Trukikaitis_Postimees, lk 3
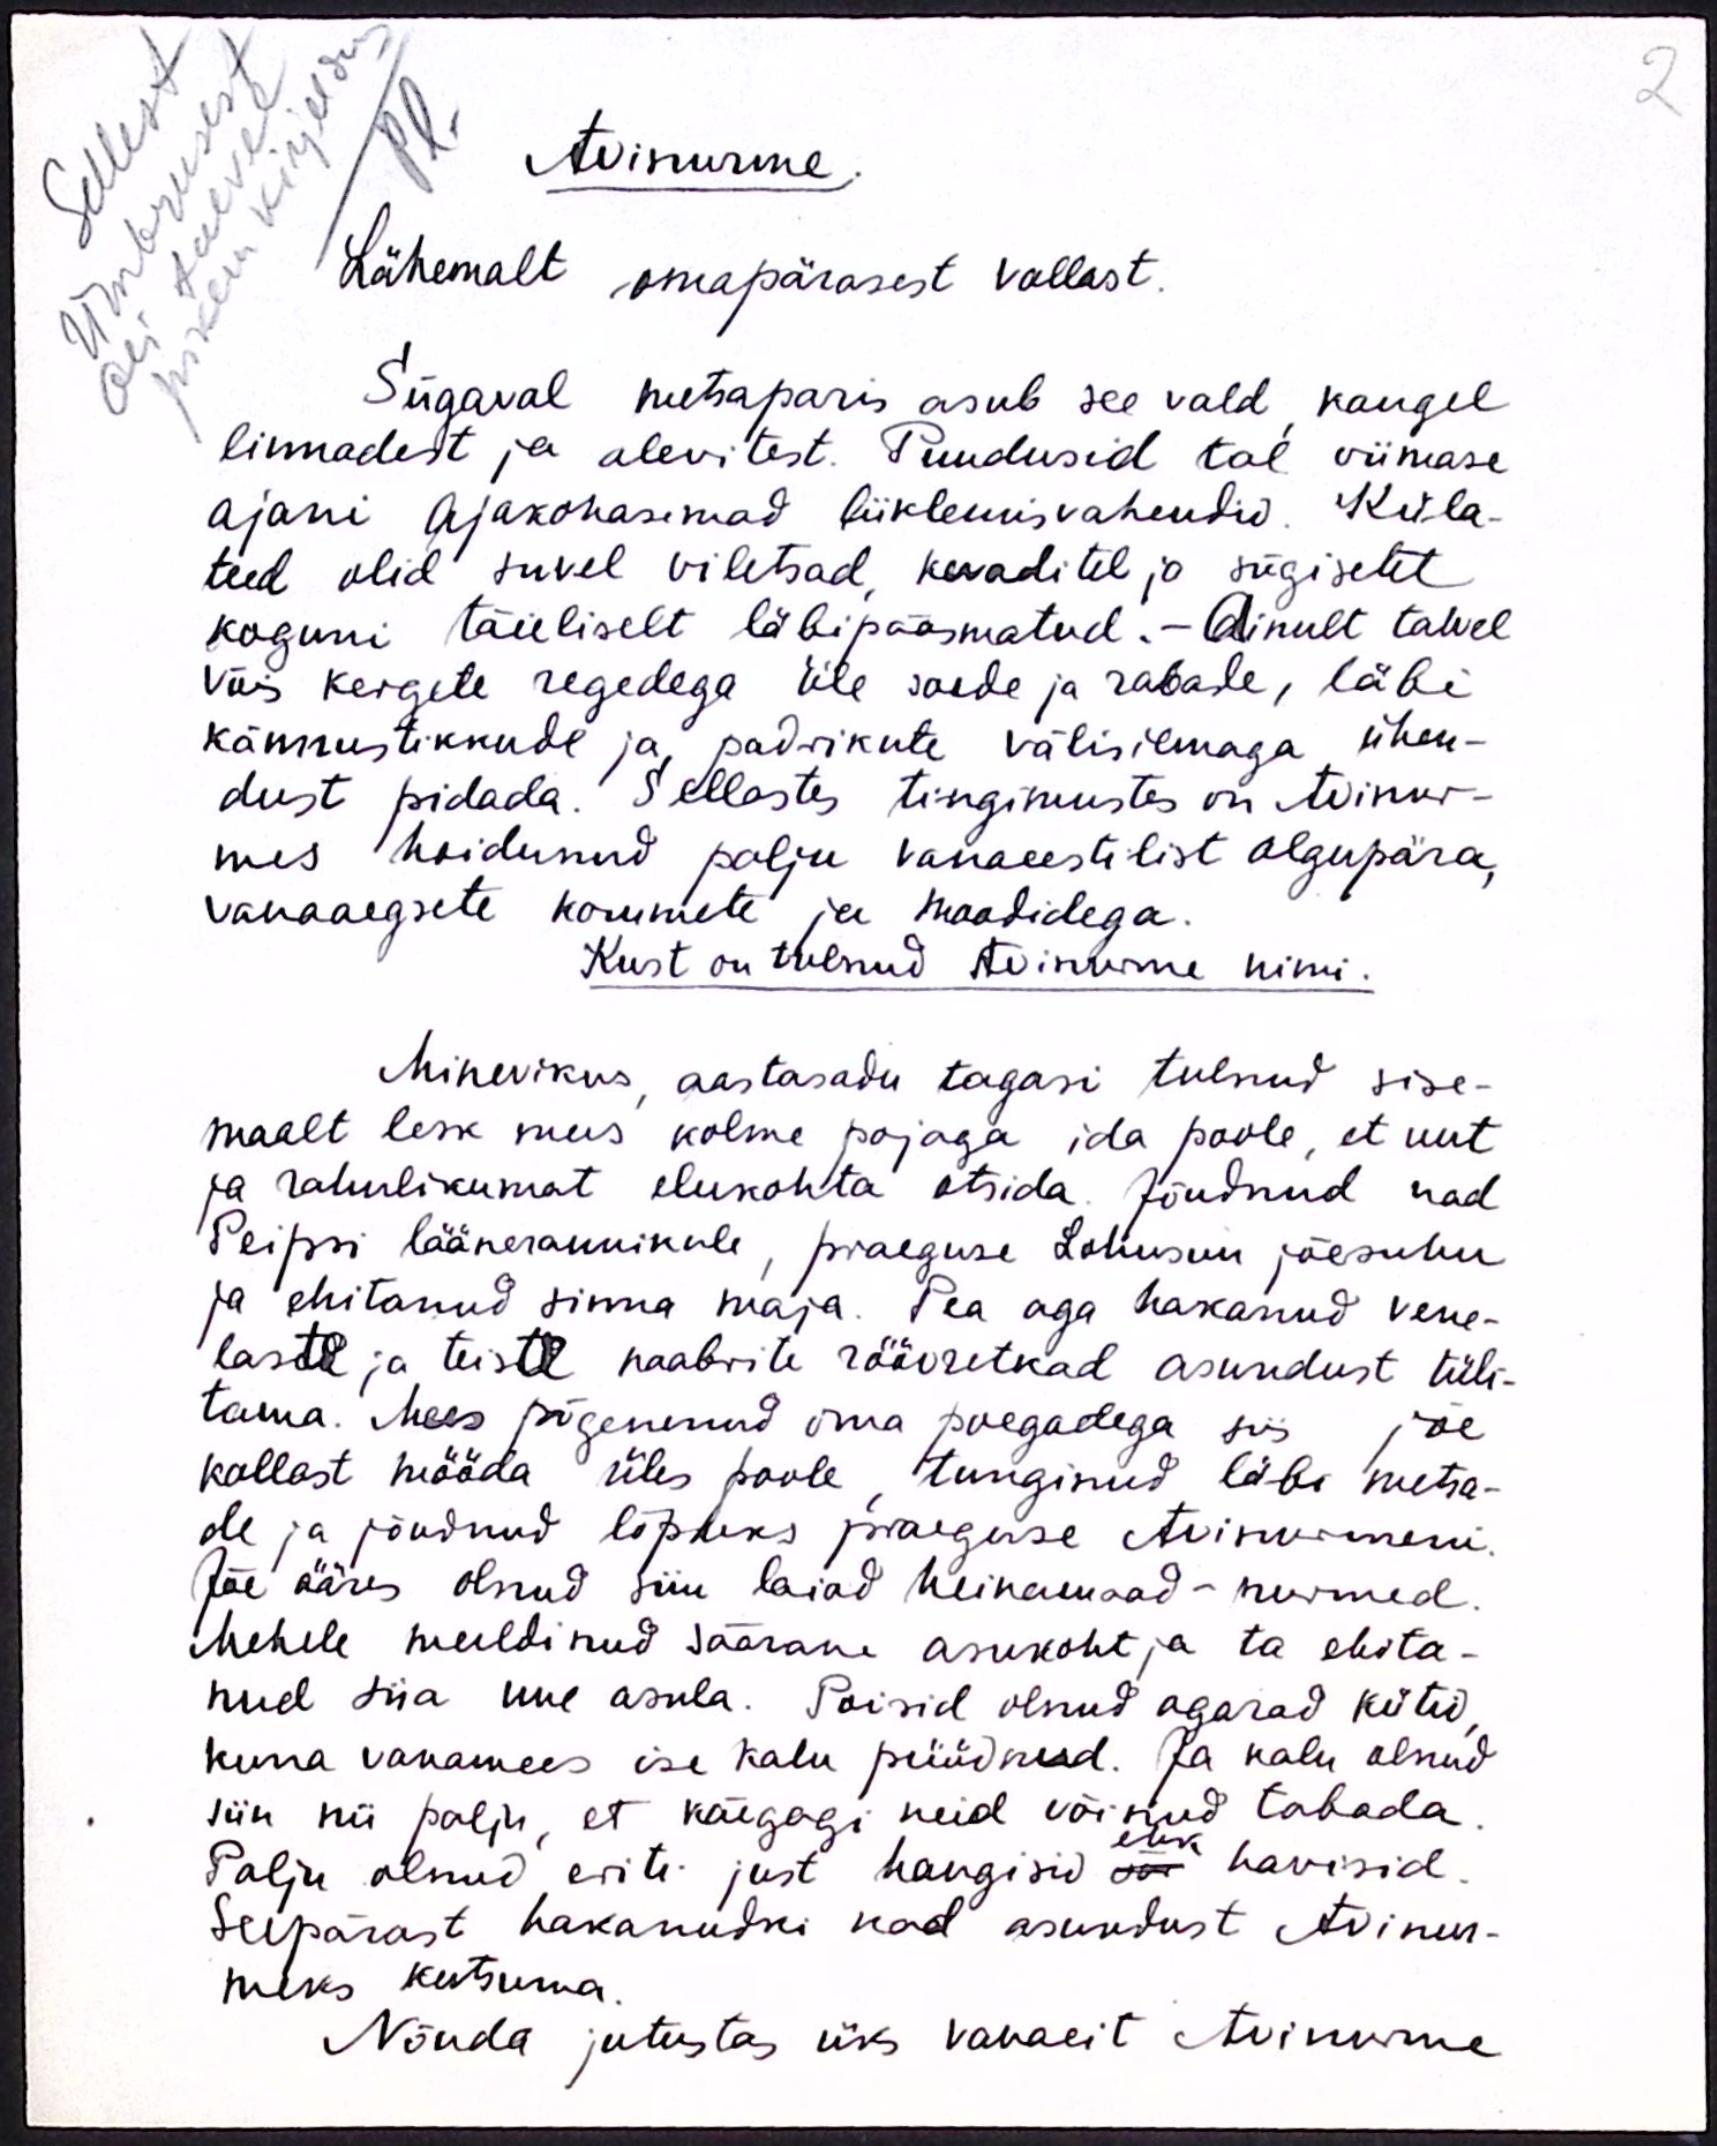
Sellest
ümbrusest
oli talvel
pikem kirjeldus
Avinurme
Lähemalt omapärasest vallast.
Sügaval metsaparis asub see vald kaugel
linnadest ja alevitest. Puudusid tal viimase
ajani ajakohasemad liiklemisvahendid. Küla-
teed olid suvel viletsad kevaditel ja sügistel
koguni täieliselt läbipääsmatud.- Ainult talvel
võis kergete regedega üle saade ja rabale, läbi
kännustikkude ja, padrikute välisilmaga ühen-
dust pidada. Sellastes tingimustes on Avinur-
mes hoidunud palju vanaeestilist algupära,
vanaaegsete kommete ja moodidega.
Kust on tulnud Avinume nimi:
Minevikus aastasadu tagasi tulnud sise-
maalt lesk mees kolme pojaga ida poole, et uut
ja rahulikumat elukohta otsida. Jõudnud nad
Peipsi läänerannikule, praeguse Lohusuu jõesuhu
ja ehitanud sinna maja. Pea aga hakanud vene-
laste ja teiste naabrite röövretkad asundust tüli-
tama. Mees põgenenud oma poegadega siis jõe
kallast mööda üles poole tunginud läbi metsa-
de ja jõudnud lõpuks praeguse Avinurmeni.
Jõe ääres olnud siin laiad heinamaad - nurmed.
Mehele meeldinud säärane asukoht ja ta ehita-
nud siia uue asula. Poisid olnud agarad kütid,
kuna vanamees ise kalu püüdnud. Ja kalu olnud
siin nii palju, et käegagi neid võinud tabada.
Palju olnud eriti just haugisid või havisid,
ehk
Seepärast hakanudki nad asundust Avinur-
meks kutsuma.
Nõnda jutustas üks vanaeit Avinurme